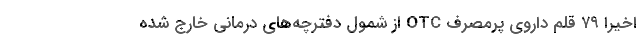
اخیراً ۷۹ قلم داروی پرمصرفِ OTC از شمول دفترچه‌های درمانی خارج شده